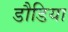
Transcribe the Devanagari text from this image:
डौडिया